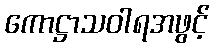
ကောဋ္ဌာသဝါရအဖွင့်